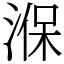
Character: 湺